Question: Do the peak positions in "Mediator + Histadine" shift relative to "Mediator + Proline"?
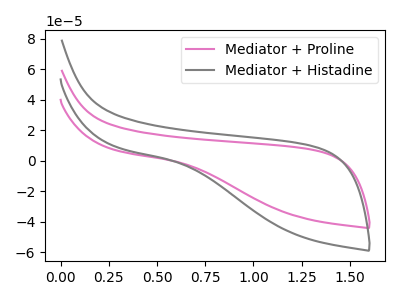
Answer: <think>The pink curve "Mediator + Proline" has no peaks. The gray curve "Mediator + Histadine" has no peaks.
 Neither "Mediator + Histadine" or "Mediator + Proline" have any peaks.</think>
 <answer>No, "Mediator + Histadine" and "Mediator + Proline" don't appear to be significantly different in shape</answer>
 <eval>no_change</eval>